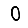
Digit: 0